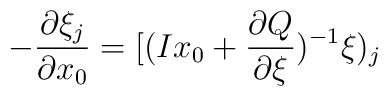
-\frac {\partial \xi_{j}}{\partial x_0}=[(Ix_0+\frac {\partial Q}{\partial \xi})^{-1}\xi)_{j}